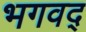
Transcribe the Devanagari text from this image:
भगवद्‍